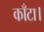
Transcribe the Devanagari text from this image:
काँटा।